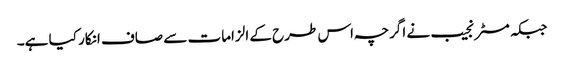
جبکہ مسٹر نجیب نے اگرچہ اس طرح کے الزامات سے صاف انکار کیا ہے۔